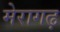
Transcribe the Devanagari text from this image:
मेरागढ़